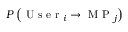
P \left( \mathrm { ~ U ~ s ~ e ~ r ~ } _ { i } \rightarrow \mathrm { ~ M ~ P ~ } _ { j } \right)